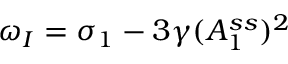
\omega _ { I } = \sigma _ { 1 } - 3 \gamma ( A _ { 1 } ^ { s s } ) ^ { 2 }